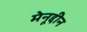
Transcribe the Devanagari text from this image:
मेनूद्दीन